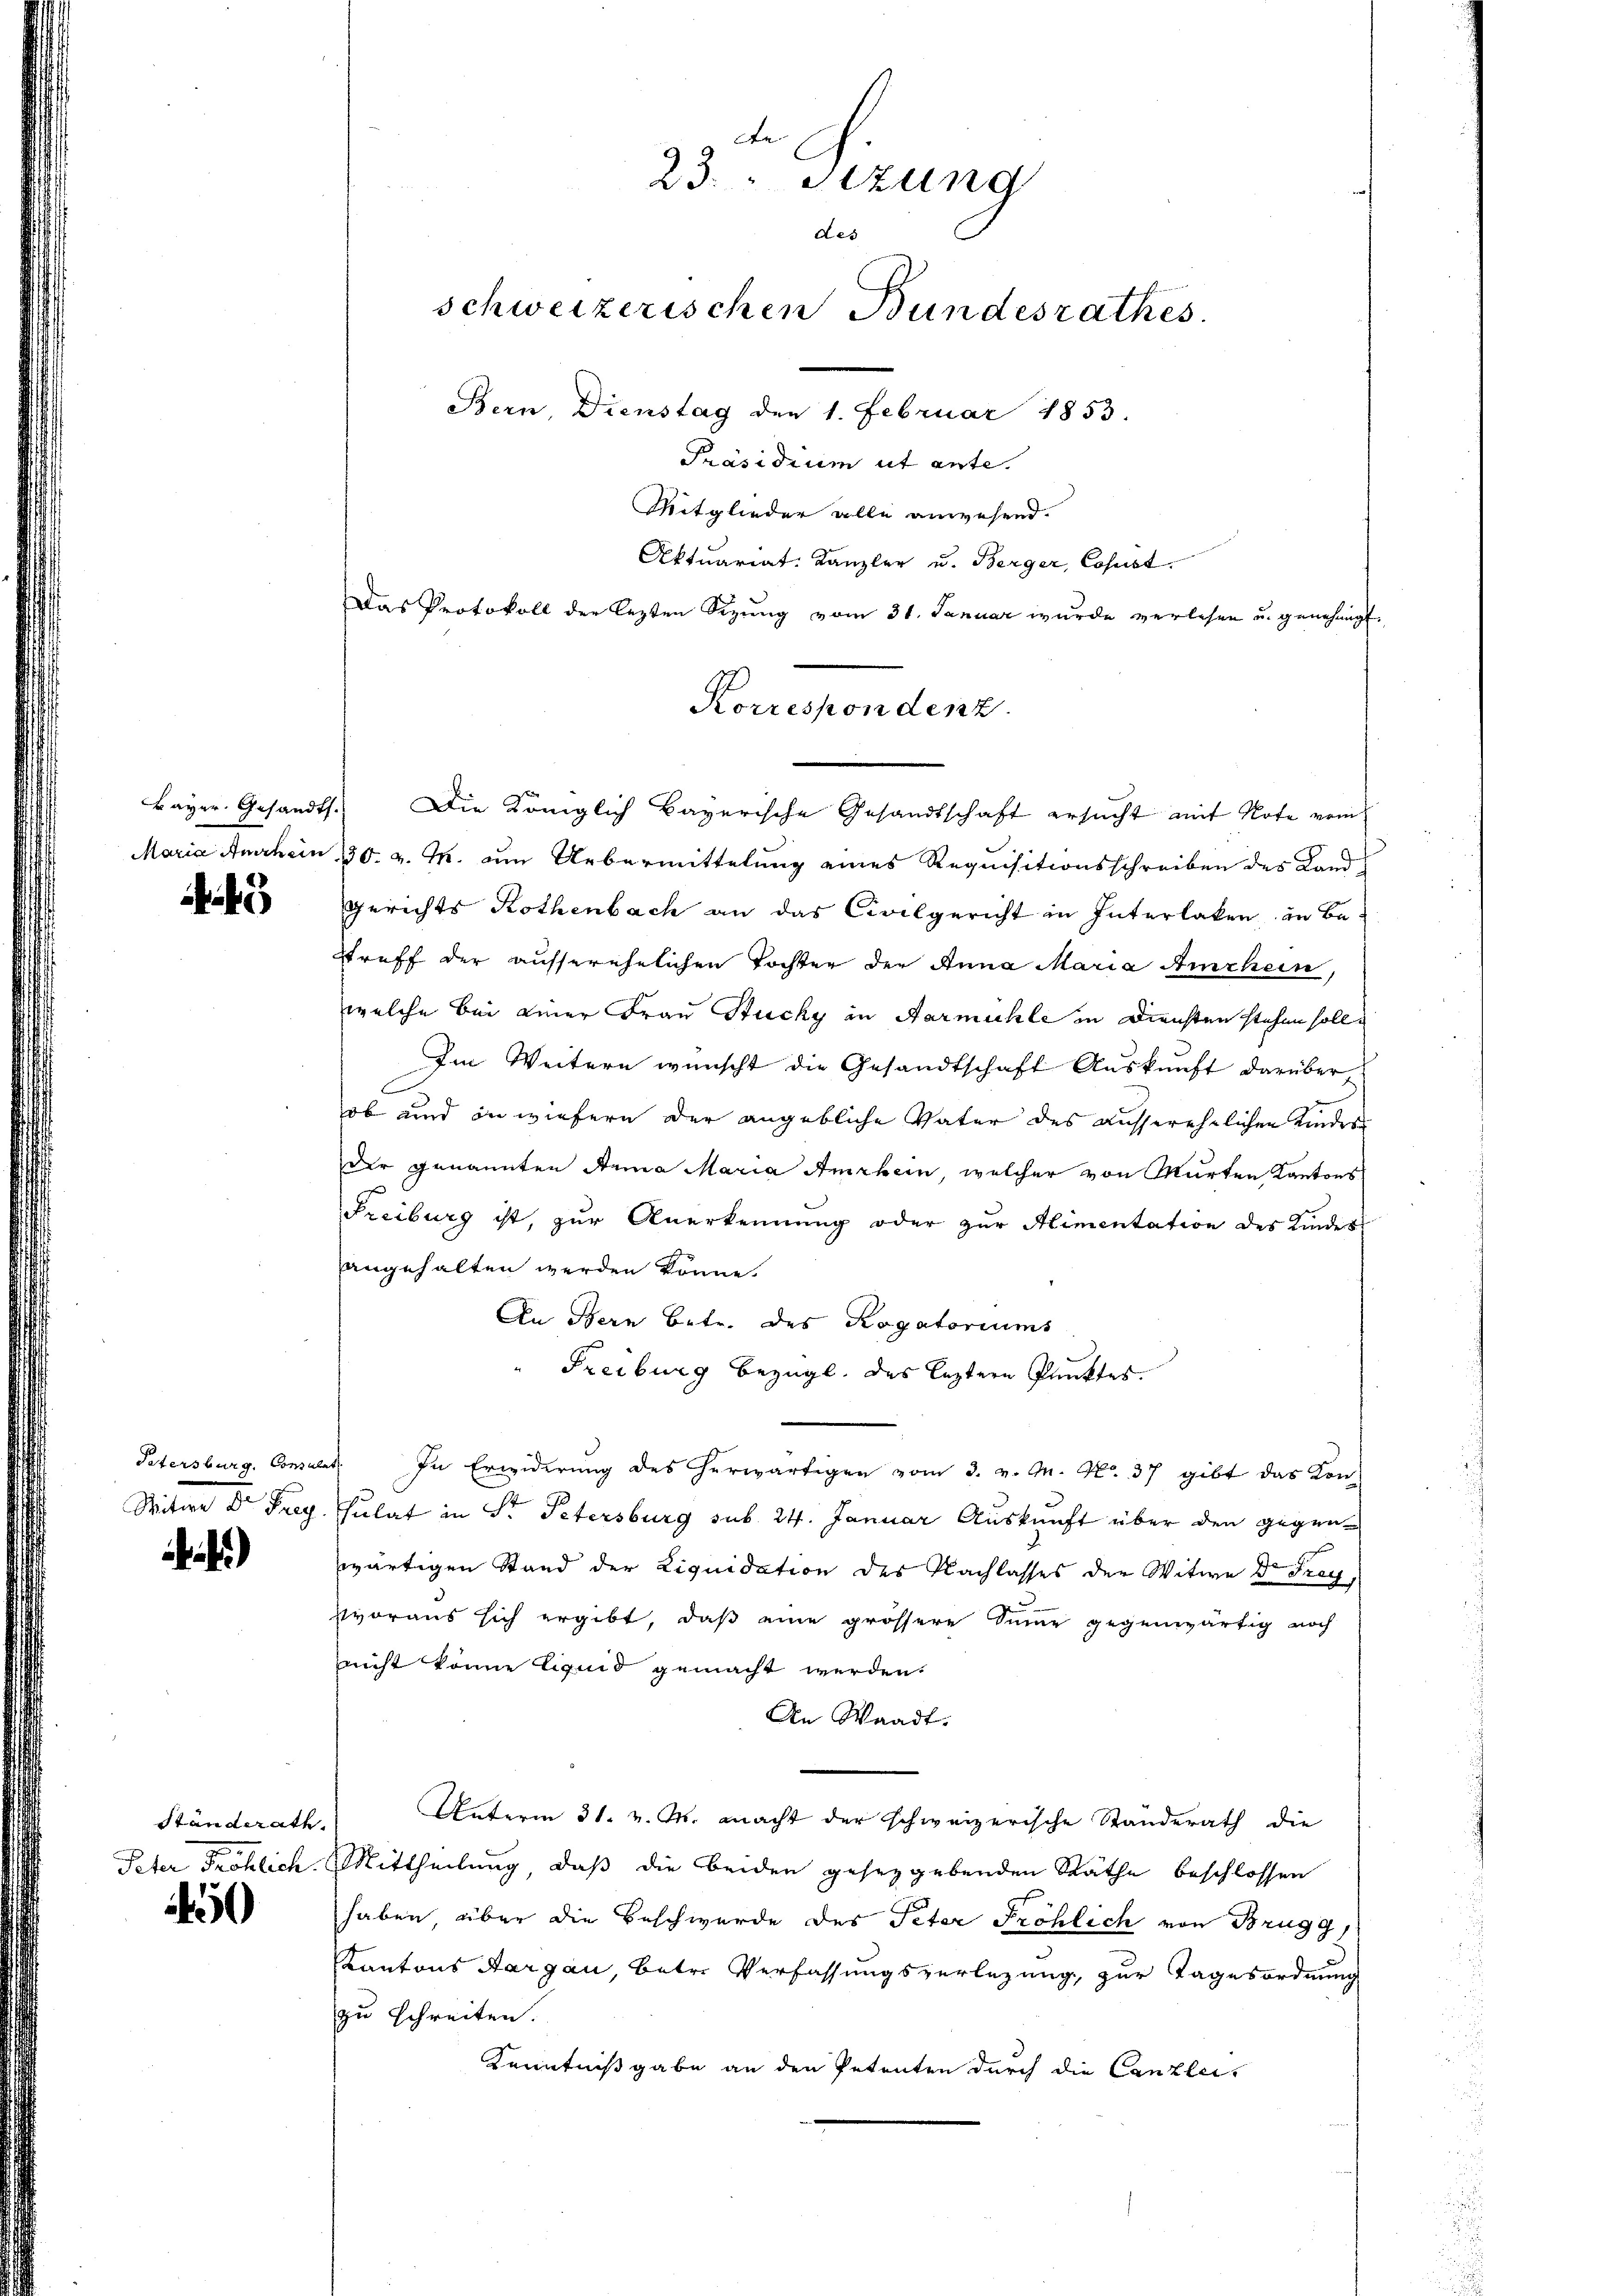
i

Mim 8. Jung

4)

Ständerath.
Peter Fröhlich.

50

23. " Sezung
des
schweizerischen Bundesrathes.
Bern, Dienstag den 1. Februar 1853.
Präsidium ut ante.
Mitglieder alle anwesend.
Aktuariat. Kanzler u. Berger, Cosest.
Das Protokoll der lezten Sizŭng vom 31. Januar wurde verlesen u. genehmigt.

Korrespondenz
Bayer. Gesandt. Die Königlich Bayerische Gesandtschaft ersucht mit Note vom

Maria Amrhein 130. v. M. um Uebermittelung eines Requisitionsschreiben des Land¬
Gerichts Rothenbach an das Civilgericht in Interlaken, in Betreff der ausserehelichen Tochter der Anna Maria Amrhein
welche bei einer Frau Stucky in Aarmühle in Diensten stehen soll.
Im Weitern wünscht die Gesandtschaft Auskunft darüber,
E
ob und in wiefern der angebliche Vater des ausserehelichen Kindes
Der genannten Anna Maria Amrhein, welcher von Murten Kantons
Freiburg ist, zur Anerkennung oder zŭr Alimentation des Kindes-
angehalten werden könne.
An Bern betr. des Rogatoriums
" Freiburg bezügl. das leztere Punktes.
Patersburg, Consulat. In Erwiderung des herwärtigen vom 3. v. M. No. 37 gibt das Kon-
sulat in Sr. Petersburg sub. 24. Januar Auskunft über den gegenwärtigen Stand der Liquidation des Nachlasses der Witwe Dr. Frey,
svoraus sich ergibt, daß eine grössere Sinne gegenwärtig noch
nnicht könne liquid gemacht werden.
An Waadt
Unterm 31. v. M. macht der schweizerische Standerath die
Mittheilung, daß die beiden gesetzgebenden Räthe beschlossen
haben, über die Beschwerde des Peter Fröhlich von Brugg
Kantons Aargau, betr. Verfassungsverlegung, zur Tagesordnung
zu schreiten.
Kenntnißgabe an den Petenten durch die Canzlei-